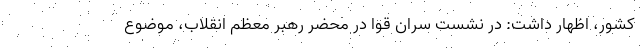
کشور، اظهار داشت: در نشست سران قوا در محضر رهبر معظم انقلاب، موضوع